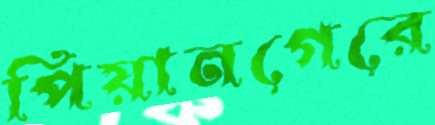
পিয়ানগেরে